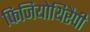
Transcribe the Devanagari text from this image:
फिजियोथिरैपी